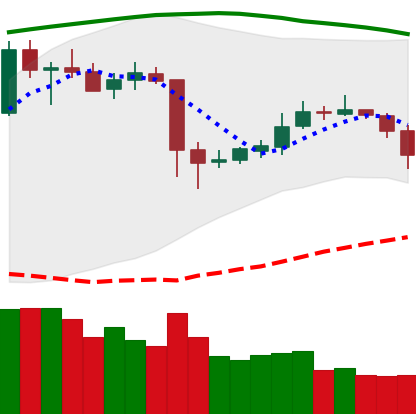
Ticker: ETC-USD
Chart end date: 2020-05-21
Forward return: 9.12%
Label: up_7plus